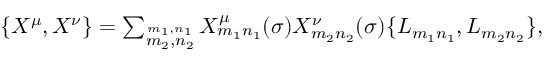
\begin{array} { l c r } { { \{ X ^ { \mu } , X ^ { \nu } \} = \sum _ { \stackrel { m _ { 1 } , n _ { 1 } } { m _ { 2 } , n _ { 2 } } } X _ { m _ { 1 } n _ { 1 } } ^ { \mu } ( \sigma ) X _ { m _ { 2 } n _ { 2 } } ^ { \nu } ( \sigma ) \{ L _ { m _ { 1 } n _ { 1 } } , L _ { m _ { 2 } n _ { 2 } } \} , } } \end{array}